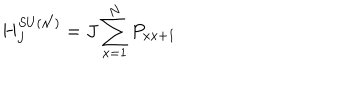
LaTeX: H _ { J } ^ { S U ( { \cal N } ) } = J \sum _ { x = 1 } ^ { N } P _ { x x + 1 }